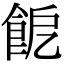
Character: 𩚬